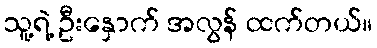
သူ့ရဲ့ ဦးနှောက် အလွန် ထက်တယ်။